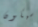
سيكون